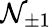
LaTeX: \mathcal{N}_{\pm1}